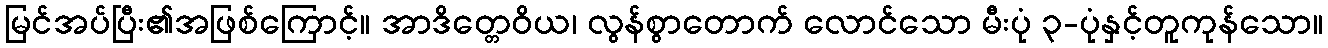
မြင်အပ်ပြီး၏အဖြစ်ကြောင့်။ အာဒိတ္တေဝိယ၊ လွန်စွာတောက် လောင်သော မီးပုံ ၃-ပုံနှင့်တူကုန်သော။